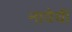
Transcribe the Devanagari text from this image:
नावेची